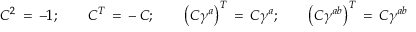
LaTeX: C ^ { 2 } \, = \, - 1 ; \qquad C ^ { T } \, = \, - \, C ; \qquad \left( C \gamma ^ { a } \right) ^ { T } \, = \, C \gamma ^ { a } ; \qquad \left( C \gamma ^ { a b } \right) ^ { T } \, = \, C \gamma ^ { a b }